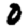
Digit: 0